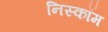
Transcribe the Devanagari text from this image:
निस्कॉम